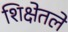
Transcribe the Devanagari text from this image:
शिक्षेतले